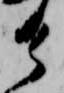
け